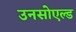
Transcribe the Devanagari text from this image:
उनसोएल्ड